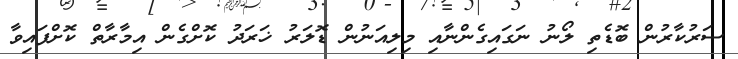
ސަރުކާރުން ބޮޑެތި ލޯނު ނަގައިގެންނާއި މިލިއަނުން ޑޮލަރު ޚަރަދު ކޮށްގެން އިމާރާތް ކޮށްފައިވާ